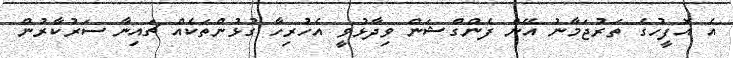
އެ އޮފީހުގެ ތަރުޖަމާނު އޭން ފެންގްޝަން ވިދާޅުވީ އެހުރިހާ ގުޅުންތަކެއް ޗައިނާ ސަރުކާރުން